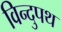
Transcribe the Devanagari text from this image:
विन्दुपथ